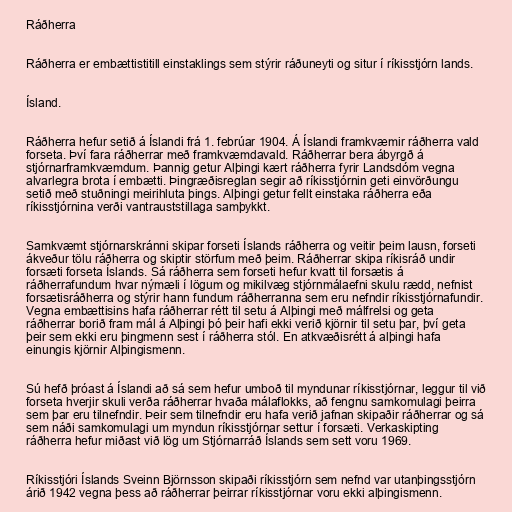
Ráðherra

Ráðherra er embættistitill einstaklings sem stýrir ráðuneyti og situr í ríkisstjórn lands.

Ísland.

Ráðherra hefur setið á Íslandi frá 1. febrúar 1904. Á Íslandi framkvæmir ráðherra vald
forseta. Því fara ráðherrar með framkvæmdavald. Ráðherrar bera ábyrgð á
stjórnarframkvæmdum. Þannig getur Alþingi kært ráðherra fyrir Landsdóm vegna
alvarlegra brota í embætti. Þingræðisreglan segir að ríkisstjórnin geti einvörðungu
setið með stuðningi meirihluta þings. Alþingi getur fellt einstaka ráðherra eða
ríkisstjórnina verði vantrauststillaga samþykkt.

Samkvæmt stjórnarskránni skipar forseti Íslands ráðherra og veitir þeim lausn, forseti
ákveður tölu ráðherra og skiptir störfum með þeim. Ráðherrar skipa ríkisráð undir
forsæti forseta Íslands. Sá ráðherra sem forseti hefur kvatt til forsætis á
ráðherrafundum hvar nýmæli í lögum og mikilvæg stjórnmálaefni skulu rædd, nefnist
forsætisráðherra og stýrir hann fundum ráðherranna sem eru nefndir ríkisstjórnafundir.
Vegna embættisins hafa ráðherrar rétt til setu á Alþingi með málfrelsi og geta
ráðherrar borið fram mál á Alþingi þó þeir hafi ekki verið kjörnir til setu þar, því geta
þeir sem ekki eru þingmenn sest í ráðherra stól. En atkvæðisrétt á alþingi hafa
einungis kjörnir Alþingismenn.

Sú hefð þróast á Íslandi að sá sem hefur umboð til myndunar ríkisstjórnar, leggur til við
forseta hverjir skuli verða ráðherrar hvaða málaflokks, að fengnu samkomulagi þeirra
sem þar eru tilnefndir. Þeir sem tilnefndir eru hafa verið jafnan skipaðir ráðherrar og sá
sem náði samkomulagi um myndun ríkisstjórnar settur í forsæti. Verkaskipting
ráðherra hefur miðast við lög um Stjórnarráð Íslands sem sett voru 1969.

Ríkisstjóri Íslands Sveinn Björnsson skipaði ríkisstjórn sem nefnd var utanþingsstjórn
árið 1942 vegna þess að ráðherrar þeirrar ríkisstjórnar voru ekki alþingismenn.